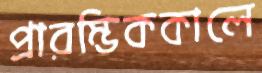
প্রারম্ভিককালে